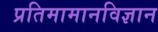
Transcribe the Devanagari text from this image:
प्रतिमामानविज्ञान